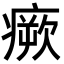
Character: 瘚